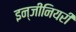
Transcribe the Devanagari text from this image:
इन्जीनियरी